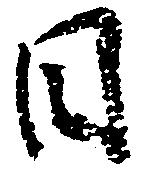
日